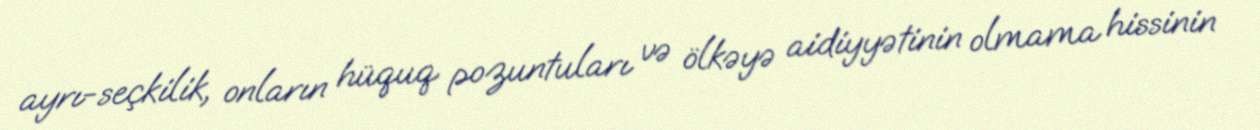
ayrı-seçkilik, onların hüquq pozuntuları və ölkəyə aidiyyətinin olmama hissinin